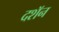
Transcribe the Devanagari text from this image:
दशॅन